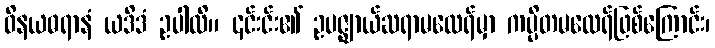
ဝိနယဓရာနံ ယဒိဒံ ဥပါလိ။ ၎င်းင်း၏ ဥပဇ္ဈာယ်ဆရာမထေရ်မှာ ကပ္ပိတမထေရ်ဖြစ်ကြောင်း၊